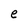
Character: e